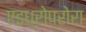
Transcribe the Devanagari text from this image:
एइध्रोप्रोरा